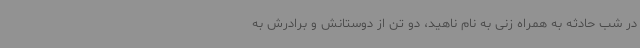
در شب حادثه به همراه زنی به نام ناهید، دو تن از دوستانش و برادرش به